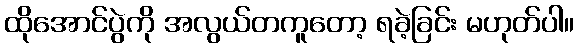
ထိုအောင်ပွဲကို အလွယ်တကူတော့ ရခဲ့ခြင်း မဟုတ်ပါ။